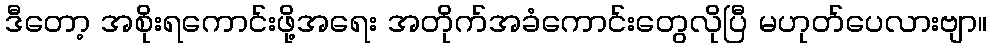
ဒီတော့ အစိုးရကောင်းဖို့အရေး အတိုက်အခံကောင်းတွေလိုပြီ မဟုတ်ပေလားဗျာ။